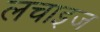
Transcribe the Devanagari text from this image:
लचाइज